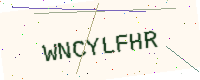
Text: WNCYLFHR